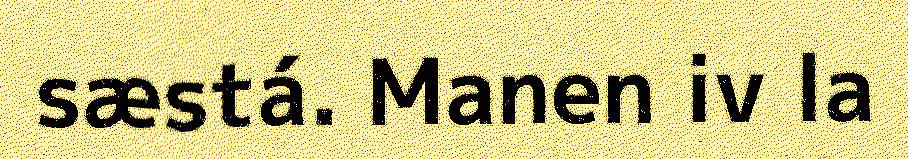
sæstá. Manen iv la